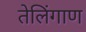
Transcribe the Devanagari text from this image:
तेलिंगाण